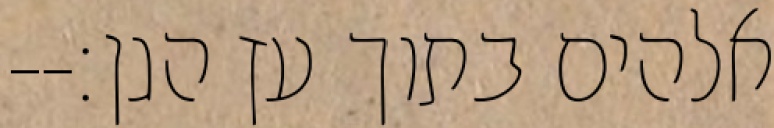
אלהים בתוך עץ הגן׃--